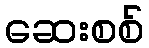
ဆေးစစ်